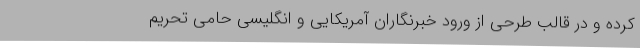
کرده و در قالب طرحی از ورود خبرنگاران آمریکایی و انگلیسی حامی تحریم